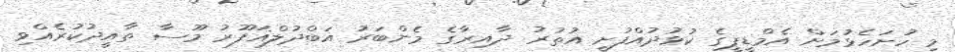
މި ހުށަހެޅުމަށް އެމްޑީޕީގެ ކުޅުދުއްފުށީ އުތުރު ދާއިރާގެ މެންބަރު އަބްދުލްޣަފޫރު މޫސާ ތާއީދުކުރެެއްވި